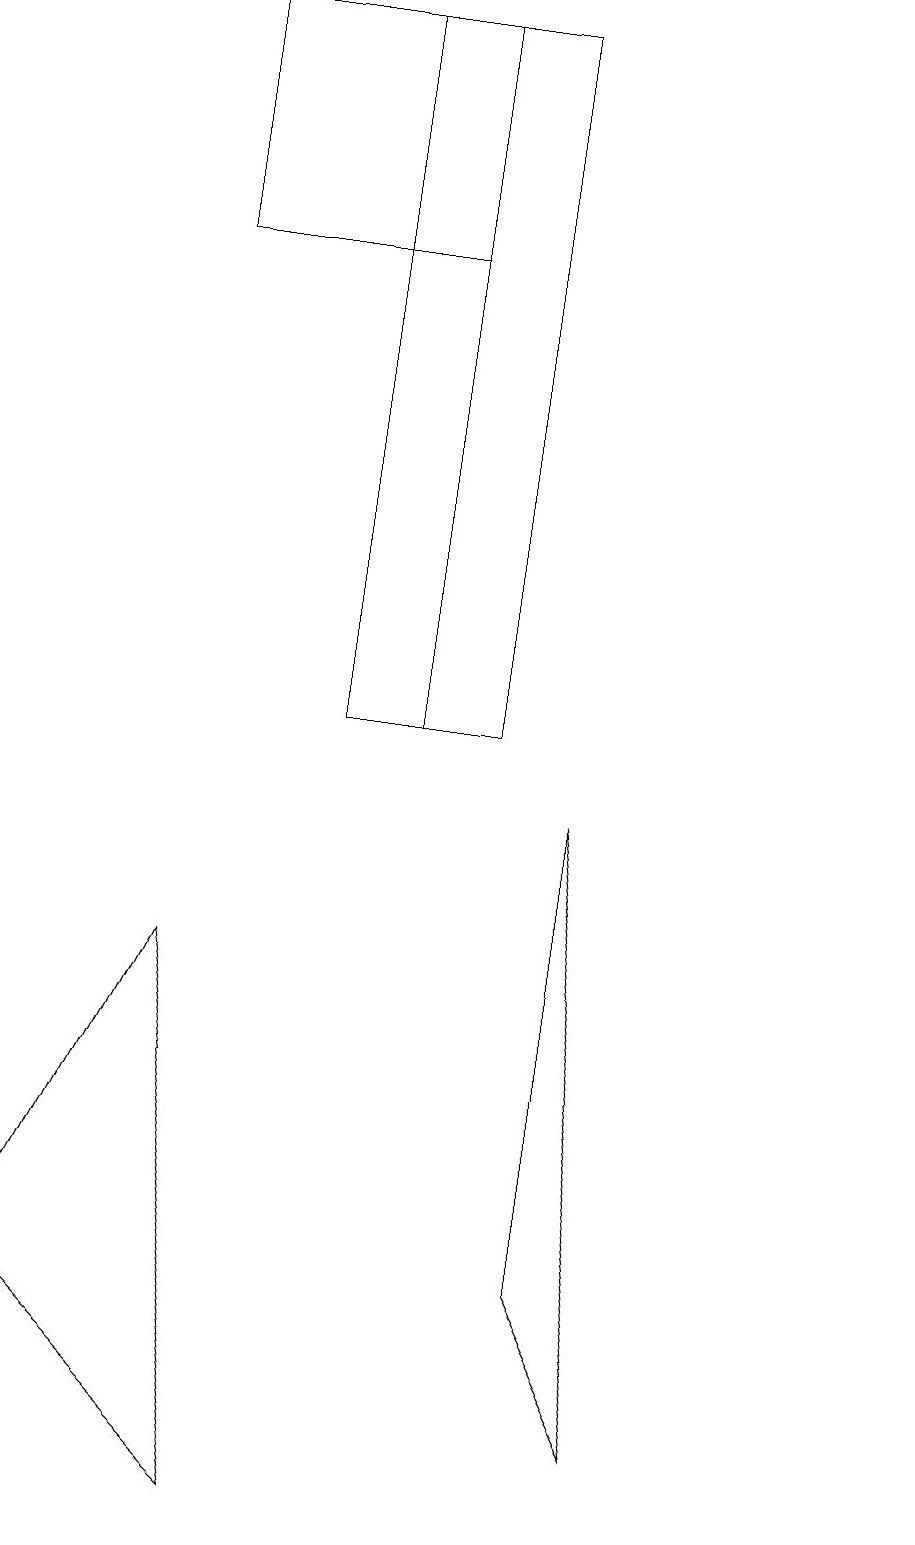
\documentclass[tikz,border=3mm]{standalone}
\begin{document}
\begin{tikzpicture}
\draw (7,3) -- (7,9) -- (8,1) -- cycle;
\draw (2,7) -- (0,3) -- (3,0) -- cycle;
\draw (11,11) circle (0);
\draw (6,10) rectangle (4,19);
\draw (2,19) rectangle (5,16);
\draw (5,19) rectangle (5,10);
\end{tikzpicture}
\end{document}